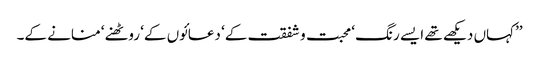
’’کہاں دیکھے تھے ایسے رنگ ‘ محبت و شفقت کے‘ دعائوں کے‘ روٹھنے‘ منانے کے۔